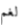
لغم